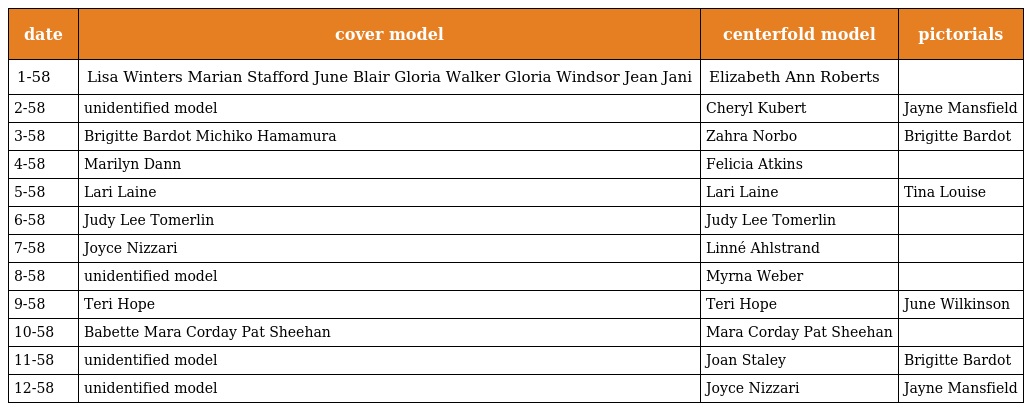
| date | cover model | centerfold model | pictorials |
 | --- | --- | --- | --- |
 | 1-58 | Lisa Winters Marian Stafford June Blair Gloria Walker Gloria Windsor Jean Jani | Elizabeth Ann Roberts |  |
 | 2-58 | unidentified model | Cheryl Kubert | Jayne Mansfield |
 | 3-58 | Brigitte Bardot Michiko Hamamura | Zahra Norbo | Brigitte Bardot |
 | 4-58 | Marilyn Dann | Felicia Atkins |  |
 | 5-58 | Lari Laine | Lari Laine | Tina Louise |
 | 6-58 | Judy Lee Tomerlin | Judy Lee Tomerlin |  |
 | 7-58 | Joyce Nizzari | Linné Ahlstrand |  |
 | 8-58 | unidentified model | Myrna Weber |  |
 | 9-58 | Teri Hope | Teri Hope | June Wilkinson |
 | 10-58 | Babette Mara Corday Pat Sheehan | Mara Corday Pat Sheehan |  |
 | 11-58 | unidentified model | Joan Staley | Brigitte Bardot |
 | 12-58 | unidentified model | Joyce Nizzari | Jayne Mansfield |